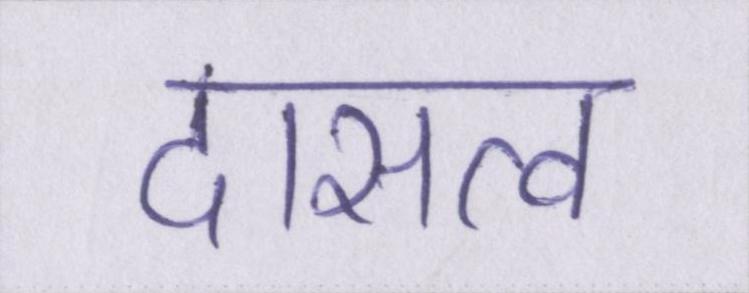
दासत्व